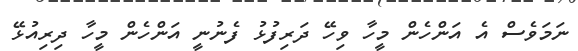
ނަމަވެސް އެ އަންހެން މީހާ ވިހޭ ދަރިފުޅު ފެނުނީ އަންހެން މީހާ ދިރިއުޅޭ